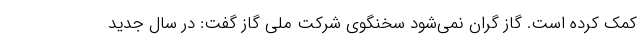
کمک کرده است. گاز گران نمی‌شود سخنگوی شرکت ملی گاز گفت: در سال جدید